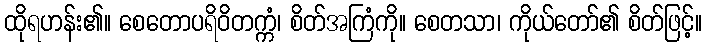
ထိုရဟန်း၏။ စေတောပရိဝိတက္ကံ၊ စိတ်အကြံကို။ စေတသာ၊ ကိုယ်တော်၏ စိတ်ဖြင့်။